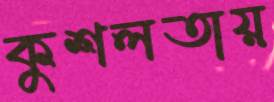
কুশলতায়